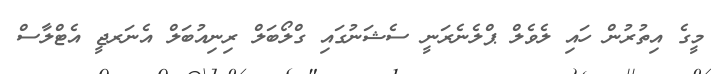
މީގެ އިތުރުން ހައި ލެވެލް ޕްލެނެރަނީ ސެޝަނުގައި ގްލޯބަލް ރިނިއުބަލް އެނަރޖީ އެޓްލާސް